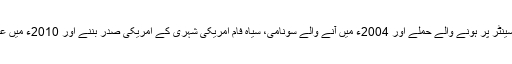
واضح رہے انہوں نے 2001ء میں ورلڈ ٹریڈ سینٹر پر ہونے والے حملے اور 2004ء میں آنے والے سونامی، سیاہ فام امریکی شہری کے امریکی صدر بننے اور 2010ء میں عرب دنیا میں تحریکوں کی پیشن گوئی کی تھیں۔